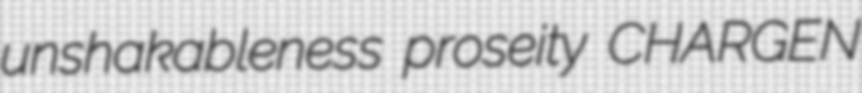
unshakableness proseity CHARGEN